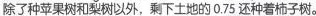
除了种苹果树和来例以外，剩下士地的0.75还种着柿子树。